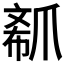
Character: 𤔟